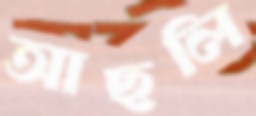
আছলি